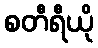
စတီရီယို